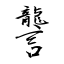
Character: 讋